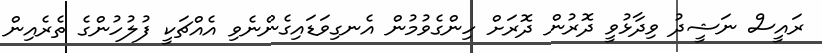
ރައީސް ނަޝީދު ވިދާޅުވީ ދޮރުން ދޮރަށް ހިންގެވުމުން އެނގިވަޑައިގެންނެވި އެއްޗަކީ ފުލުހުންގެ ތެރެއިން